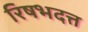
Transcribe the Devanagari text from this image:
रिषभदत्त